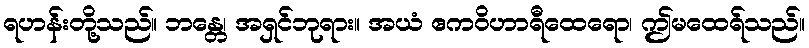
ရဟန်းတို့သည်။ ဘန္တေ၊ အရှင်ဘုရား။ အယံ ဧကဝိဟာရီထေရော၊ ဤမထေရ်သည်။